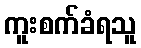
ကူးစက်ခံရသူ